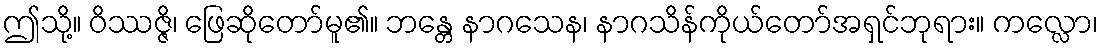
ဤသို့။ ဝိဿဇ္ဇိ၊ ဖြေဆိုတော်မူ၏။ ဘန္တေ နာဂသေန၊ နာဂသိန်ကိုယ်တော်အရှင်ဘုရား။ ကလ္လော၊